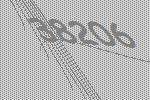
38206